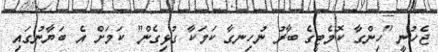
ޖެހުނީ "ހިންގާ ކޮމެޓީގެ ބާރު ނުހިނގާ ކަމަކާ ގުޅިގެން" ކަމަށް އެ ބަޔާނުގައި